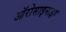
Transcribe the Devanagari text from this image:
ऑरोसाइनाइड